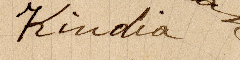
Kindia